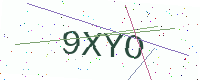
Text: 9XYO